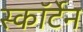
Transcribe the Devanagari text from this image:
स्कॉर्टेन